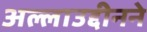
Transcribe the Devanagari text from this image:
अल्लाउद्दीनने